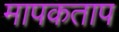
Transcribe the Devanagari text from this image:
मापकताप